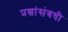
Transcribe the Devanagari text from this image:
प्रश्नांसंबधी